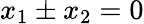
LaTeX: x_{1}\pm x_{2}=0